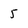
Character: 5